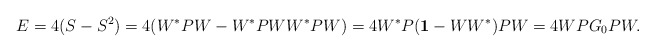
\begin{align*}E=4(S-S^2)=4(W^*PW-W^*PWW^*PW)=4W^*P({\bf 1}-WW^*)PW=4WPG_0PW.\end{align*}